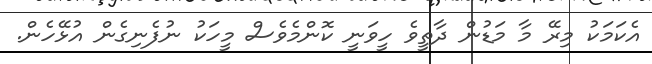
އެކަމަކު މިރޭ މާ މަޑުން ދާތީވެ ހީވަނީ ކޮންމެވެސް މީހަކު ނުފެނިގެން އުޅޭހެން.